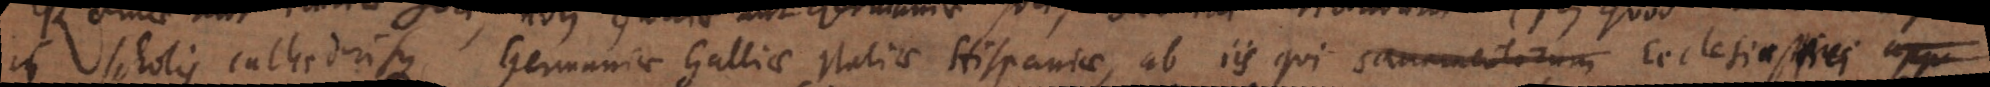
in scholis cathedrisque Germaniae Galliae Italiae Hispaniae, ab iis qui sacramentorum Ecclesiastici app